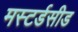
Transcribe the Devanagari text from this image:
मस्टर्डसीड